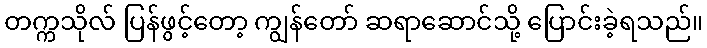
တက္ကသိုလ် ပြန်ဖွင့်တော့ ကျွန်တော် ဆရာဆောင်သို့ ပြောင်းခဲ့ရသည်။